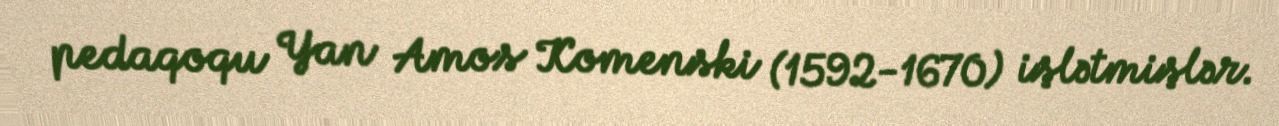
pedaqoqu Yan Amos Komenski (1592-1670) işlətmişlər.